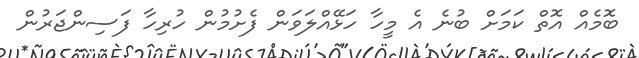
ބޮމެއް އޮތް ކަމަށް ބުނެ އެ މީހާ ހަޅޭއްލަވަން ފެށުމުން ހުރިހާ ފަސިންޖަރުން